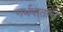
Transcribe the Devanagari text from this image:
गर्भपाताचे